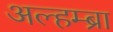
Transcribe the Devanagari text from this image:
अल्हम्ब्रा